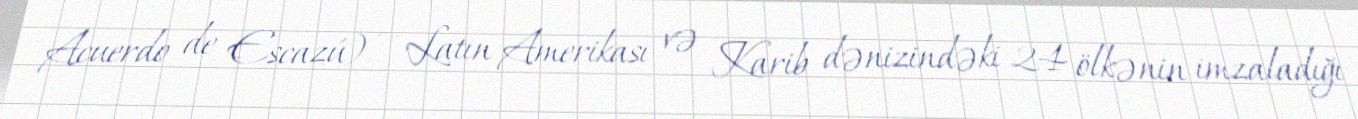
Acuerdo de Escazú) — Latın Amerikası və Karib dənizindəki 24 ölkənin imzaladığı